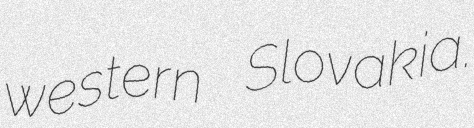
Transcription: western Slovakia.